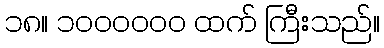
၁၈။ ၁၀၀၀၀၀၀ ထက် ကြီးသည်။